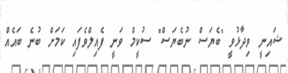
ޝައިނީ ވިދާޅުވީ "ބެޔަސް ނުބެޔަސް" ސުކީމް ވަނީ ފެއިލްވެފައި ކަމަށް ބުނެ ބައެއް